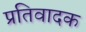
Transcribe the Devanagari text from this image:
प्रतिवादक